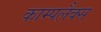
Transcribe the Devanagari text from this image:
काम्पलैक्स